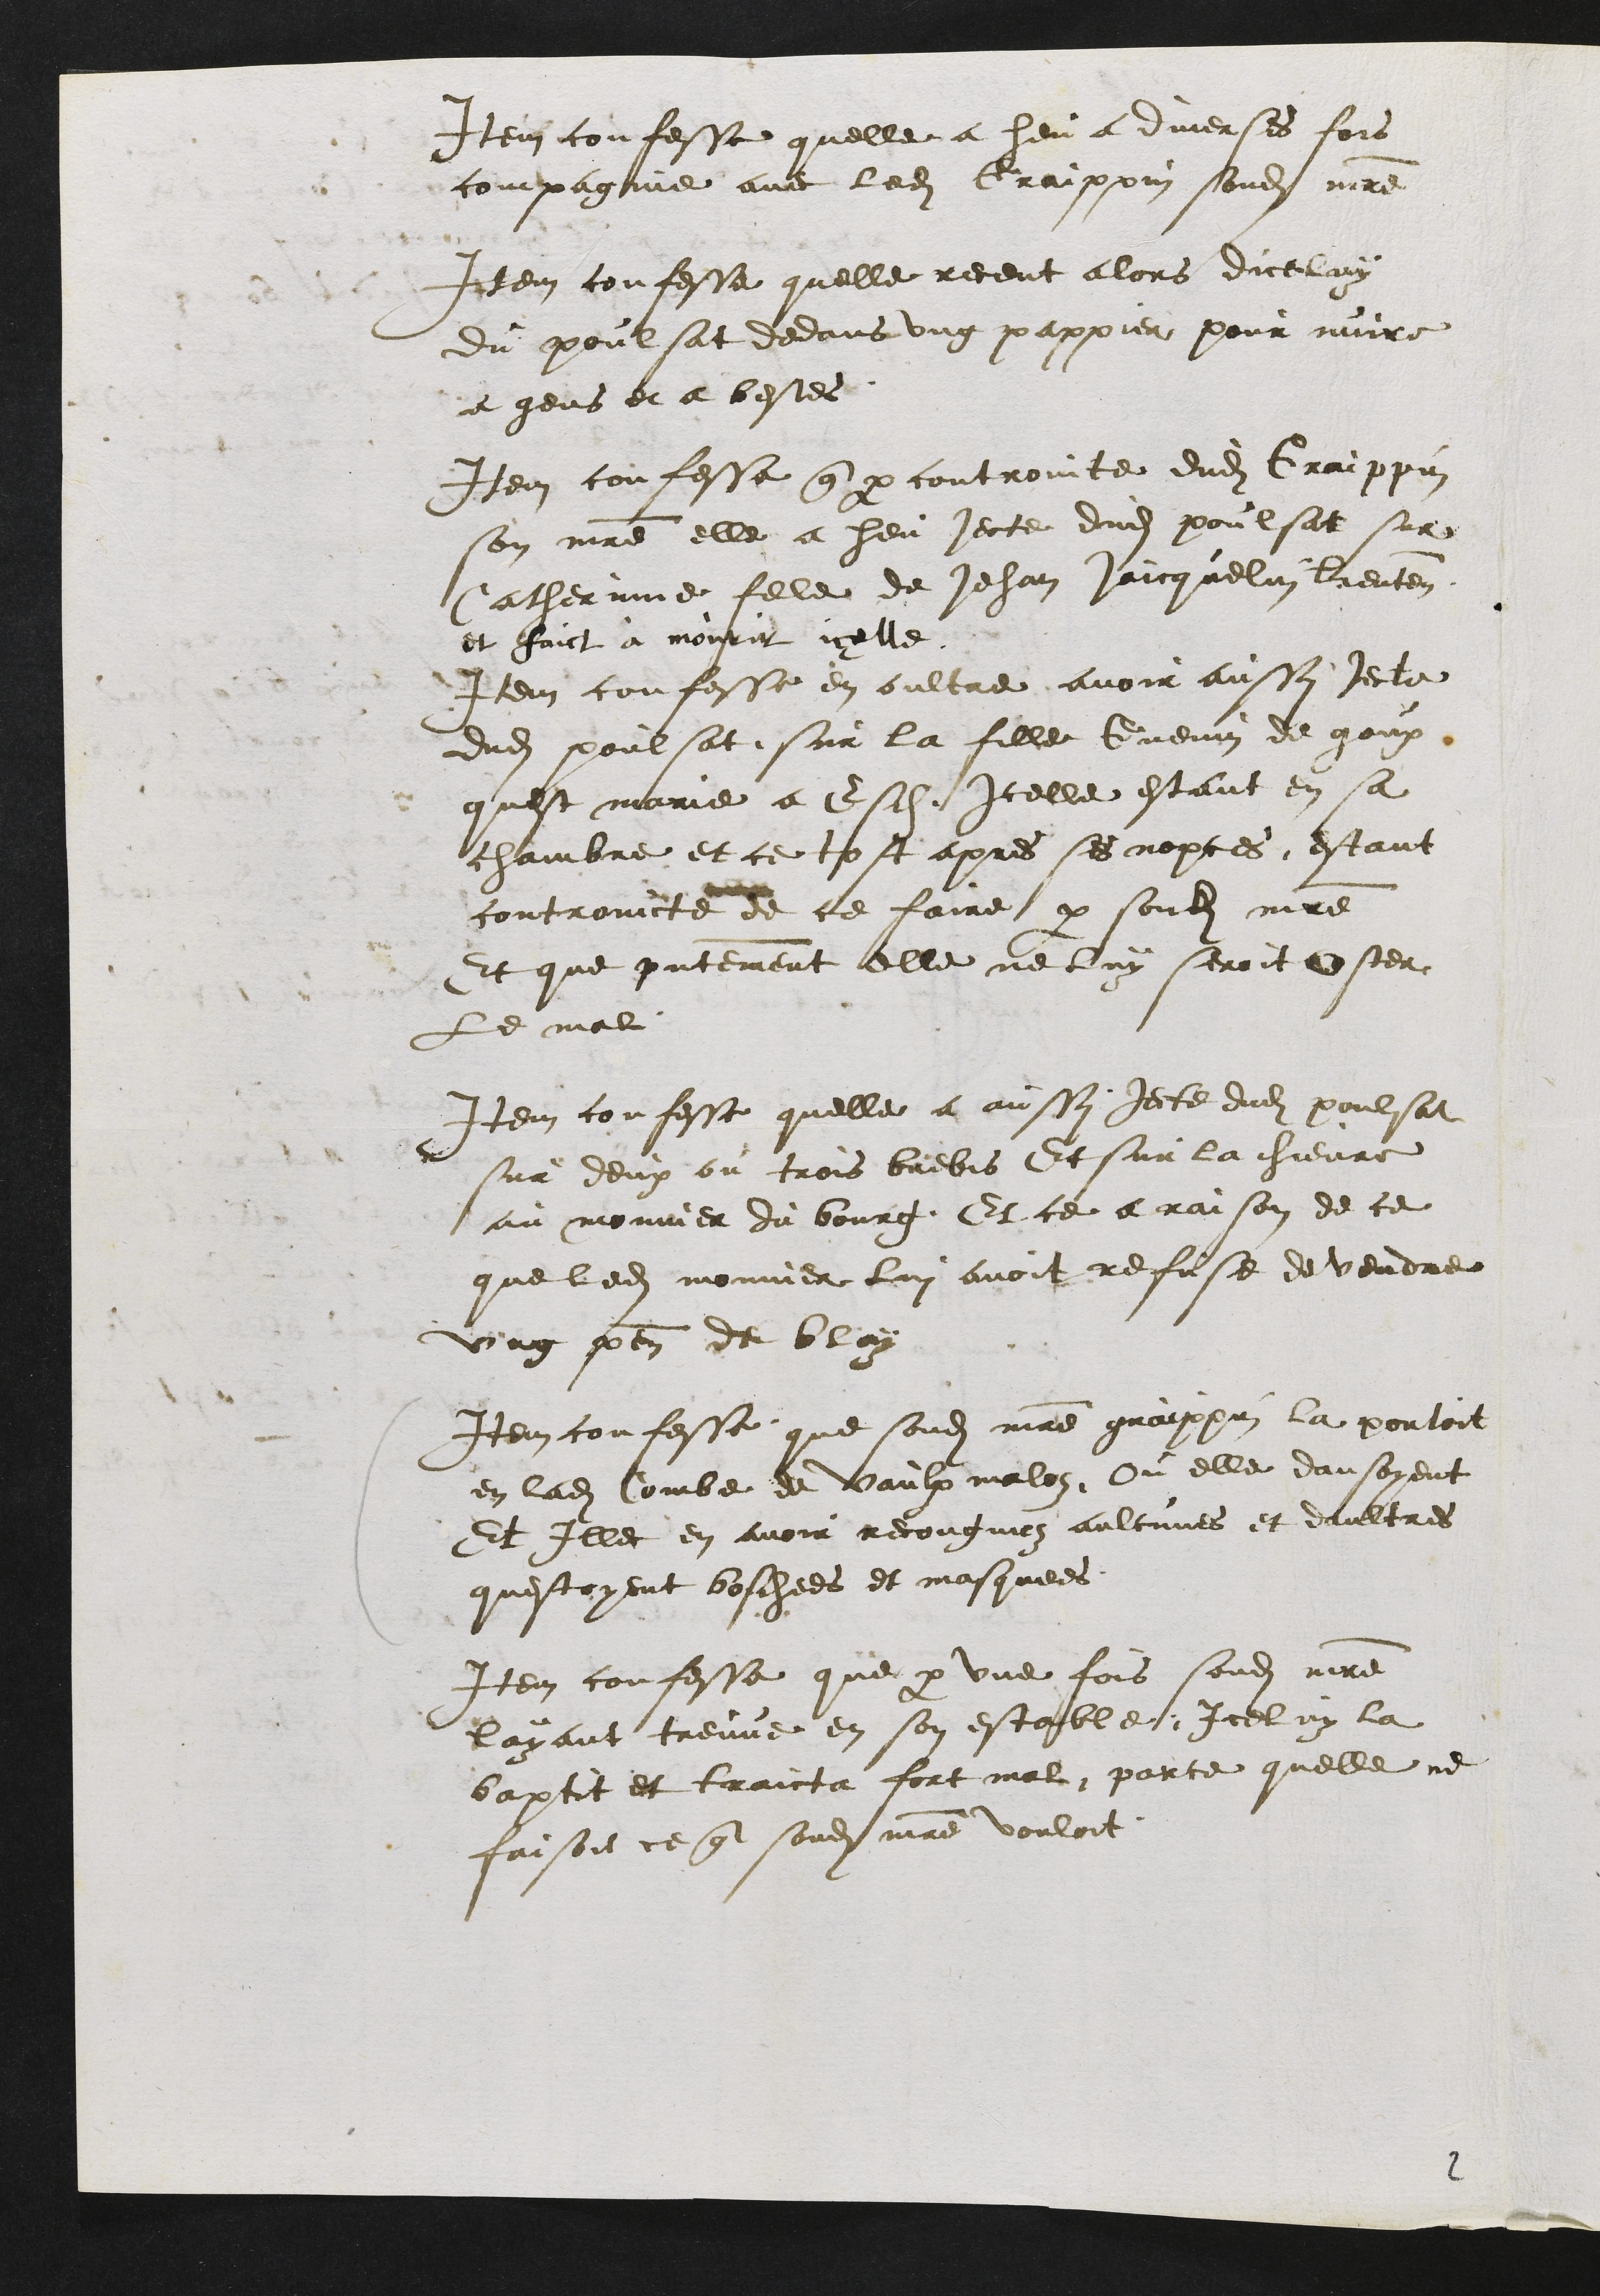
Item confesse quelle a heu a diverses fois
compagnie avec ledit Graippin sondit maitre
Item confesse quelle receut alors dicelluy
du poulsat dedans ung pappier pour nuire
a gens et a bestes.
Item confesse que par controinte dudit Graippin
son maitre elle a heu Jecte dudit poulsat sur
Catherinne fille de Jehan Jaicquelin lieutenant
et faict à mourir icelle.
Item confesse en oultre avoir aussi Jecte
dudit poulsat sur la fille Guenin de goux
quest marie a Esch. Icelle estant en sa
chambre et ce tost apres ses nopces, estant
controincte de ce faire par sondit maitre
Et que presentement elle ne luy seroit oster
Le mal.
Item confesse quelle a aussi Jecte dudit poulsat
sur deux ou trois brebis Et sur la chievre
au monnier du bourg, Et ce a raison de ce
que ledit monnier lui avoit refuse de vendre
ung penal de blay
Item confesse que sondit maitre graippin la portoit
en ladite Combe de Vaulx maloz, Ou elle dansoyent
Et Illec en avoir recongnuez aulcunes et daultres
questoyent boschees et masquees.
Item confesse que par une fois sondit maitre
layant treuve en son estable, Iceluy la
baptit et traicta fort mal, parce quelle ne
faisoit ce que sondit maitre vouloit.
2